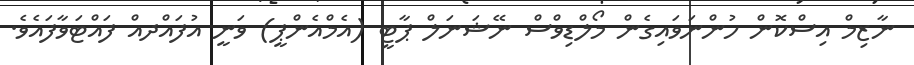
ނާޒިމް އިސްކޮން ހުންނަވައިގެން މޯލްޑިވްސް ނޭޝަނަލް ޕާޓީ (އެމްއެންޕީ) ވަނީ އުފައްދއް ފައްޓަވާފައެވެ.